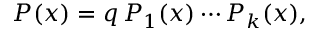
P ( x ) = q \, P _ { 1 } ( x ) \cdots P _ { k } ( x ) ,